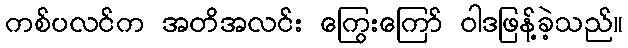
ကစ်ပလင်က အတိအလင်း ကြွေးကြော် ဝါဒဖြန့်ခဲ့သည်။